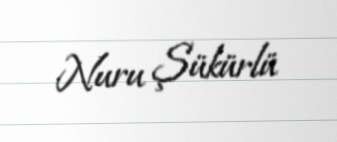
Nuru Şükürlü